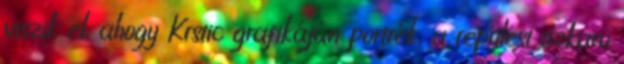
viszik el, ahogy Krstic grafikáján portrék, a repülést tízkarú